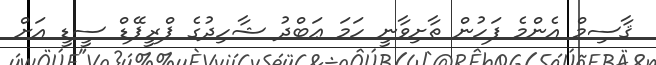
ޤާސިމް އެންމެ ފަހުން ތާށިވާނީ ހަމަ ޢަބްދު ޝާހިދުގެ ޕްރީޕޭޑް ސީޑީ އަށް